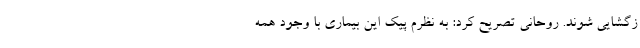
زگشایی شوند. روحانی تصریح کرد: به نظرم پیک این بیماری با وجود همه